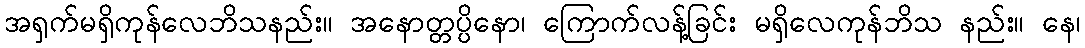
အရှက်မရှိကုန်လေဘိသနည်း။ အနောတ္တပ္ပိနော၊ ကြောက်လန့်ခြင်း မရှိလေကုန်ဘိသ နည်း။ နေ၊